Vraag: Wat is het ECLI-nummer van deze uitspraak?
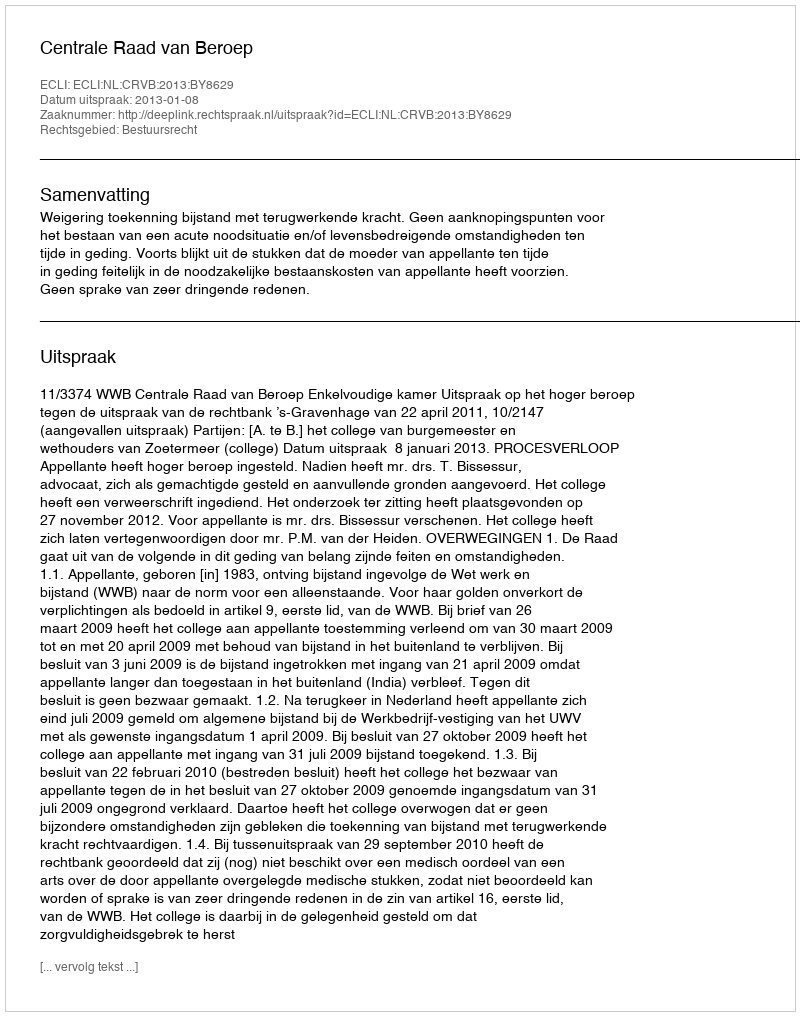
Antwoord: ECLI:NL:CRVB:2013:BY8629